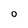
Character: 0